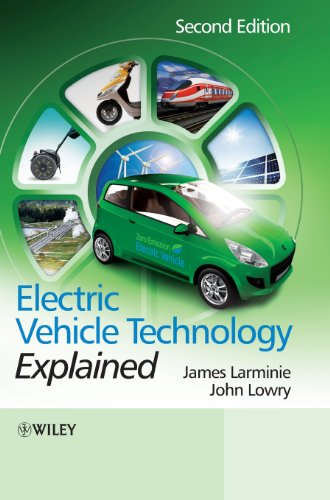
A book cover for Electric Vehicle Technology Explained; James Larminie; Engineering & Transportation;